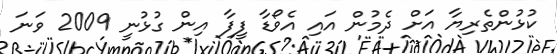
ކުޅުންތެރިޔާ އަށް ދެމުން އައި އެވޯޑާ ފީފާ އިން ގުޅުނީ 2009 ވަނަ